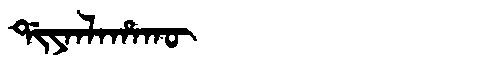
Manchu: ᡩᡳᠶᠠᠨᠯᠠᡥᠠᡴᡡ
Romanization: DIYANLAHAKŪ